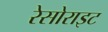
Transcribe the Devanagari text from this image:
रेसोराइट